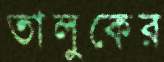
তালুকের